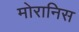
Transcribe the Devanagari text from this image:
मोरानिस